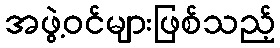
အဖွဲ့ဝင်များဖြစ်သည့်